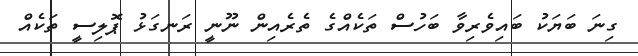
ގިނަ ބަޔަކު ބައިވެރިވާ ބަހުސް ތަކެއްގެ ތެރެއިން ނޫނީ ރަނގަޅު ޕޮލިސީ ތަކެއް